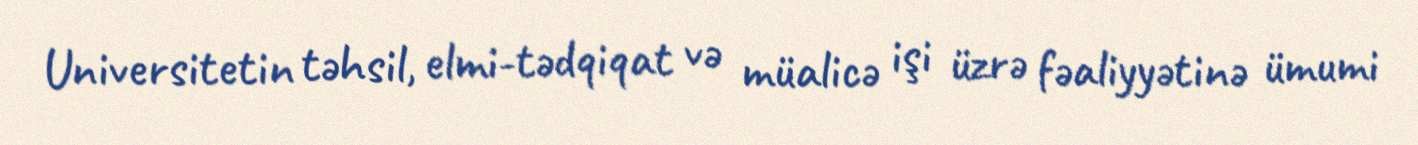
Universitetin təhsil, elmi-tədqiqat və müalicə işi üzrə fəaliyyətinə ümumi